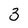
Character: 3